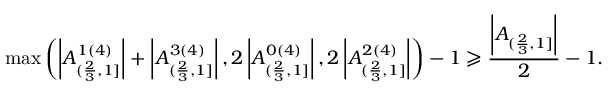
\operatorname* { m a x } \left( \left| A _ { ( \frac { 2 } { 3 } , 1 ] } ^ { 1 ( 4 ) } \right| + \left| A _ { ( \frac { 2 } { 3 } , 1 ] } ^ { 3 ( 4 ) } \right| , 2 \left| A _ { ( \frac { 2 } { 3 } , 1 ] } ^ { 0 ( 4 ) } \right| , 2 \left| A _ { ( \frac { 2 } { 3 } , 1 ] } ^ { 2 ( 4 ) } \right| \right) - 1 \geqslant \frac { \left| A _ { ( \frac { 2 } { 3 } , 1 ] } \right| } { 2 } - 1 .